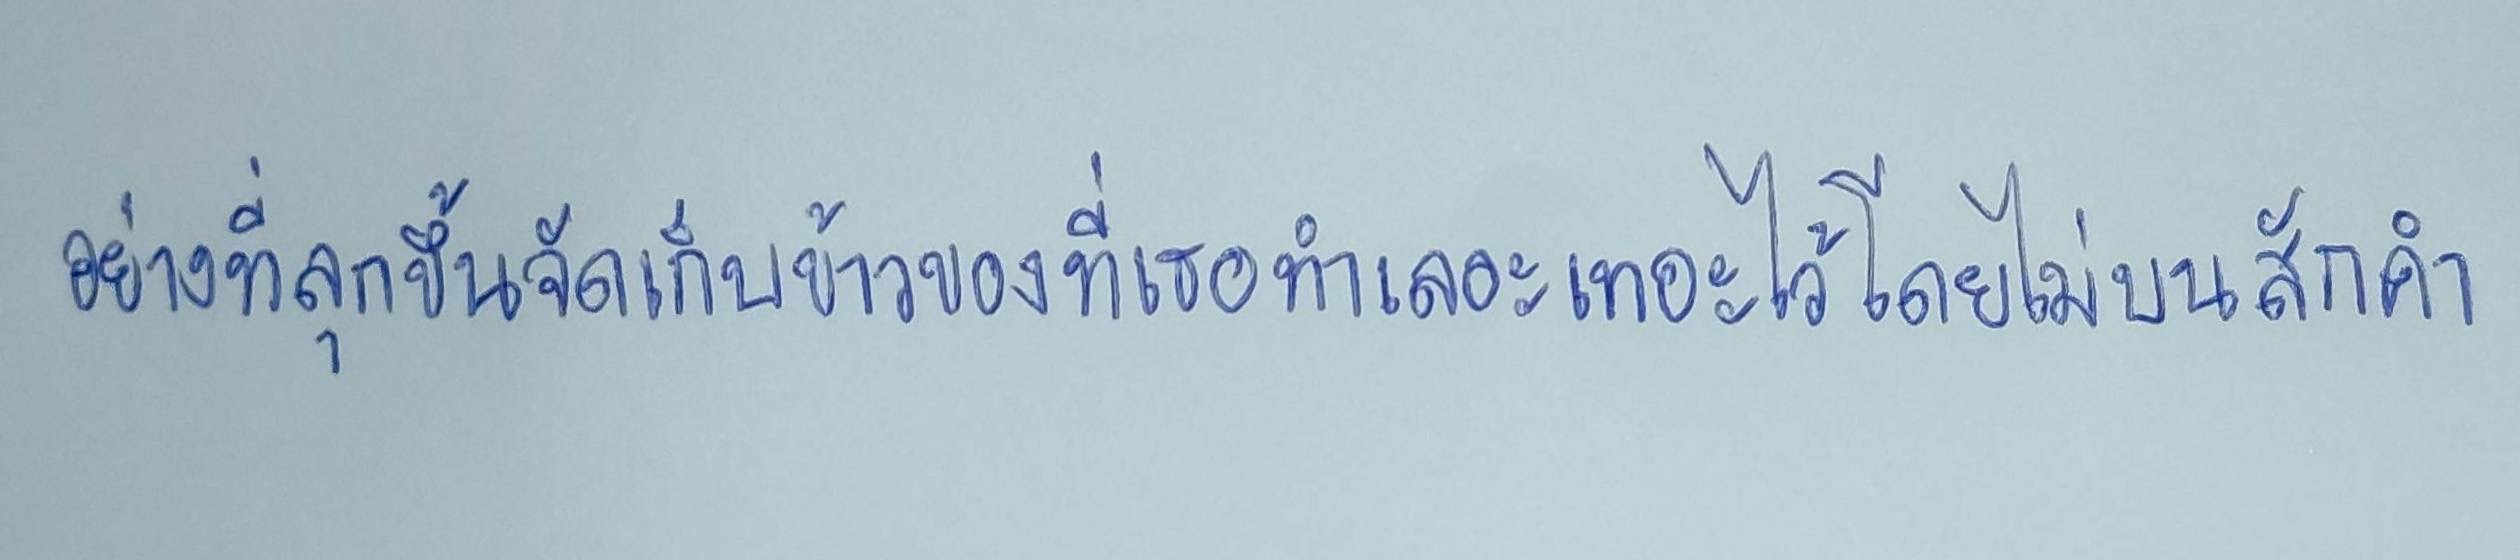
อย่างที่ลุกขึ้นจัดเก็บข้าวของที่เธอทำเลอะเทอะไว้โดยไม่บ่นสักคำ